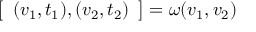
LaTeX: { \left[ \begin{array} { l } { ( v _ { 1 } , t _ { 1 } ) , ( v _ { 2 } , t _ { 2 } ) } \end{array} \right] } = \omega ( v _ { 1 } , v _ { 2 } )